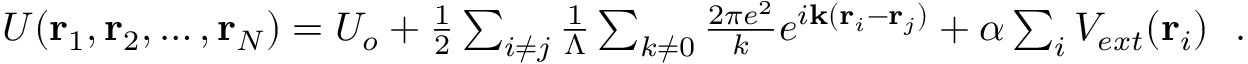
\begin{array} { r } { U ( { \bf r } _ { 1 } , { \bf r } _ { 2 } , \ldots , { \bf r } _ { N } ) = U _ { o } + \frac { 1 } { 2 } \sum _ { i \neq j } \frac { 1 } { \Lambda } \sum _ { k \neq 0 } \frac { 2 \pi e ^ { 2 } } { k } e ^ { i { \bf k } ( { \bf r } _ { i } - { \bf r } _ { j } ) } + \alpha \sum _ { i } V _ { e x t } ( { \bf r } _ { i } ) ~ ~ . } \end{array}